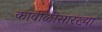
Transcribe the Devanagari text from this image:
कावीळीसारख्या